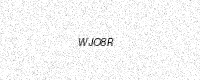
Text: WJO8R